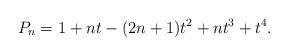
LaTeX: \begin{align*}P_n=1+nt-(2n+1)t^2+nt^3+t^4.\end{align*}